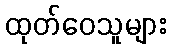
ထုတ်ဝေသူများ